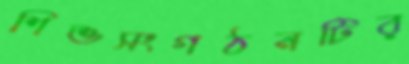
শিশুসংগঠনটির